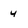
Character: 4